Indian journal of veterinary science and animal husbandry - Volumes 22-23, 1952-1953
Year: 1952
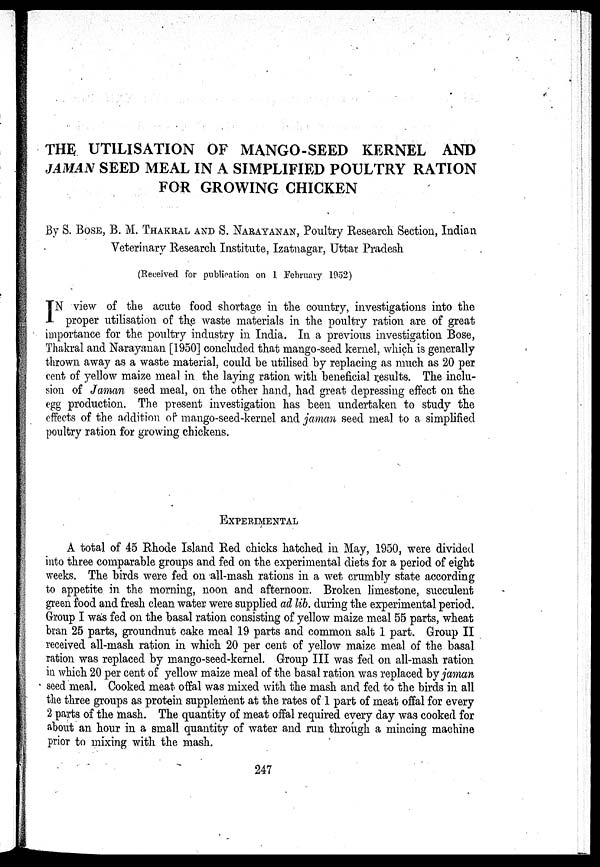
THE UTILISATION OF MANGO-SEED KERNEL AND
JAMAN SEED MEAL IN A SIMPLIFIED POULTRY RATION
FOR GROWING CHICKEN
By S. BOSE, B. M. THAKRAL AND S. NARAYANAN, Poultry Research Section, Indian
Veterinary Research Institute, Izatnagar, Uttar Pradesh
(Received for publication on 1 February 1952)
I N view of the acute food shortage in the country, investigations into the
proper utilisation of the waste materials in the poultry ration are of great
importance for the poultry industry in India. In a previous investigation Bose,
Thakral and Narayanan [1950] concluded that mango-seed kernel, which is generally
thrown away as a waste material, could be utilised by replacing as much as 20 per
cent of yellow maize meal in the laying ration with beneficial results. The inclu-
sion of Jaman seed meal, on the other hand, had great depressing effect on the
egg production. The present investigation has been undertaken to study the
effects of the addition of mango-seed-kernel and jaman seed meal to a simplified
poultry ration for growing chickens.
EXPERIMENTAL
A total of 45 Rhode Island Red chicks hatched in May, 1950, were divided
into three comparable groups and fed on the experimental diets for a period of eight
weeks. The birds were fed on all-mash rations in a wet crumbly state according
to appetite in the morning, noon and afternoon. Broken limestone, succulent
green food and fresh clean water were supplied ad lib. during the experimental period.
Group I was fed on the basal ration consisting of yellow maize meal 55 parts, wheat
bran 25 parts, groundnut cake meal 19 parts and common salt 1 part. Group II
received all-mash ration in which 20 per cent of yellow maize meal of the basal
ration was replaced by mango-seed-kernel. Group III was fed on all-mash ration
in which 20 per cent of yellow maize meal of the basal ration was replaced by jaman
seed meal. Cooked meat offal was mixed with the mash and fed to the birds in all
the three groups as protein supplement at the rates of 1 part of meat offal for every
2 parts of the mash. The quantity of meat offal required every day was cooked for
about an hour in a small quantity of water and run through a mincing machine
prior to mixing with the mash.
247